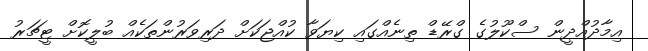
އިމާދުއްދީން ސްކޫލުގެ ގްރޭޑް ތިނެއްގައި ކިޔަވާ ކުއްޖަކަށް ދަރިވަރުންތަކެއް ބުލީކޮށް ޓީޗަރު